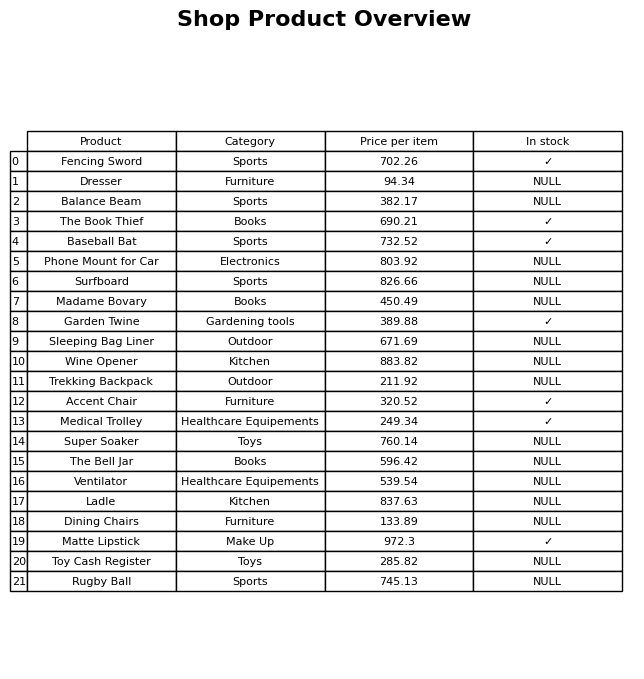
question: What is the price for Fencing Sword?
answer: The price of Fencing Sword is 702.26.